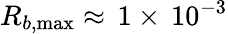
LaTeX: R_{b,\operatorname*{max}}\approx\, 1\times\, 10^{-3}